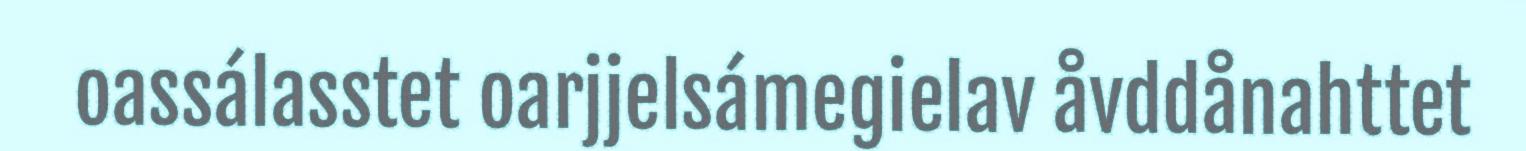
oassálasstet oarjjelsámegielav åvddånahttet